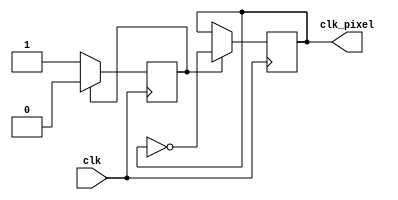
`timescale 1ns / 1ps

// generate a 25 MHz pixel clock
module clk_pixel(
    input wire clk,
    output reg clk_pixel
);

    reg cnt;

    initial begin
        cnt <= 0;
        clk_pixel <= 0;
    end

    always @(posedge clk)
    begin
        if (cnt == 1)
            begin
                cnt <= 0;
                clk_pixel <= ~clk_pixel;
            end
        else
            cnt <= 1;
    end

endmodule